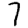
Digit: 7